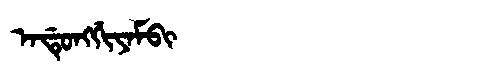
Manchu: ᠠᡩᡠᠩᡤᡳᠶᠠᠮᠪᡳ
Romanization: ADUNGGIYAMBI